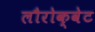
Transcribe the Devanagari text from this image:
लौरोक्वेट